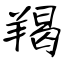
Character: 羯